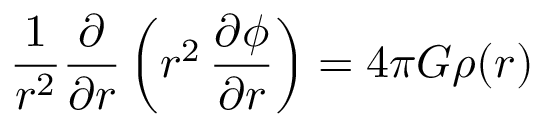
{ \frac { 1 } { r ^ { 2 } } } { \frac { \partial } { \partial r } } \left( r ^ { 2 } \, { \frac { \partial \phi } { \partial r } } \right) = 4 \pi G \rho ( r )